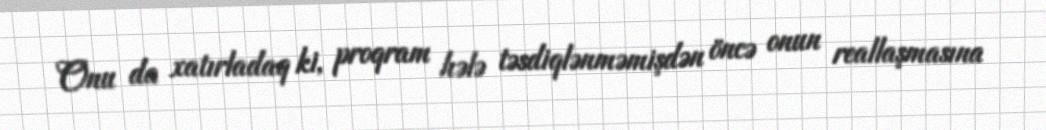
Onu da xatırladaq ki, proqram hələ təsdiqlənməmişdən öncə onun reallaşmasına